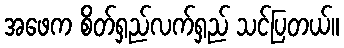
အဖေက စိတ်ရှည်လက်ရှည် သင်ပြတယ်။